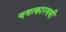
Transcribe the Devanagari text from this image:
चमत्कारमयी